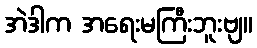
အဲဒါက အရေးမကြီးဘူးဗျ။